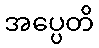
အပ္ပေတိ